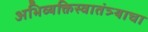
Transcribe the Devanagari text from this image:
अभिव्यक्तिस्वातंत्र्याचा